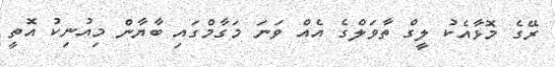
ރޭގެ މޮޅާއެކު ލީގް ތާވަލްގެ އެއް ވަނަ މަގާމްގައި ބާޔާން މިއުނިކު އޮތީ